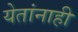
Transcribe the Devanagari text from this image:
येतांनाही